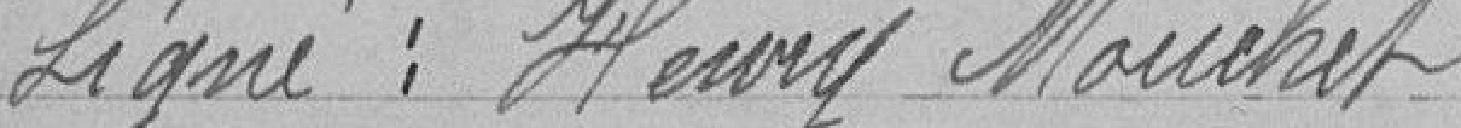
Signé: Henry Mouchet